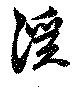
溪